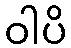
ဝါပိ